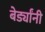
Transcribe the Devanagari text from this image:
बेर्ड्यांनी